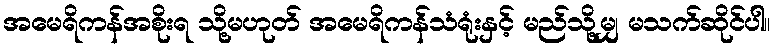
အမေရိကန်အစိုးရ သို့မဟုတ် အမေရိကန်သံရုံးနှင့် မည်သို့မျှ မသက်ဆိုင်ပါ။